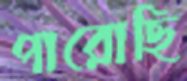
পারোছি